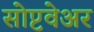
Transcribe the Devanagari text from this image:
सोप्टवेअर